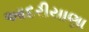
આદરીયાણા